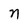
Character: n